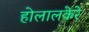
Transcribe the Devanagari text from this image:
होलालकेरे